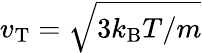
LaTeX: v_{\mathrm{T}}=\sqrt{3k_{\mathrm{B}}T/m}